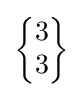
{\begin{Bmatrix}3\\3\end{Bmatrix}}